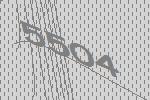
5504